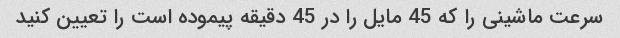
سرعت ماشینی را که 45 مایل را در 45 دقیقه پیموده است را تعیین کنید